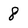
Character: 8